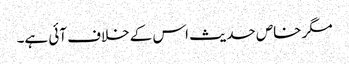
مگر خاص حدیث اس کے خلاف آئی ہے۔